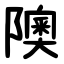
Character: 隩